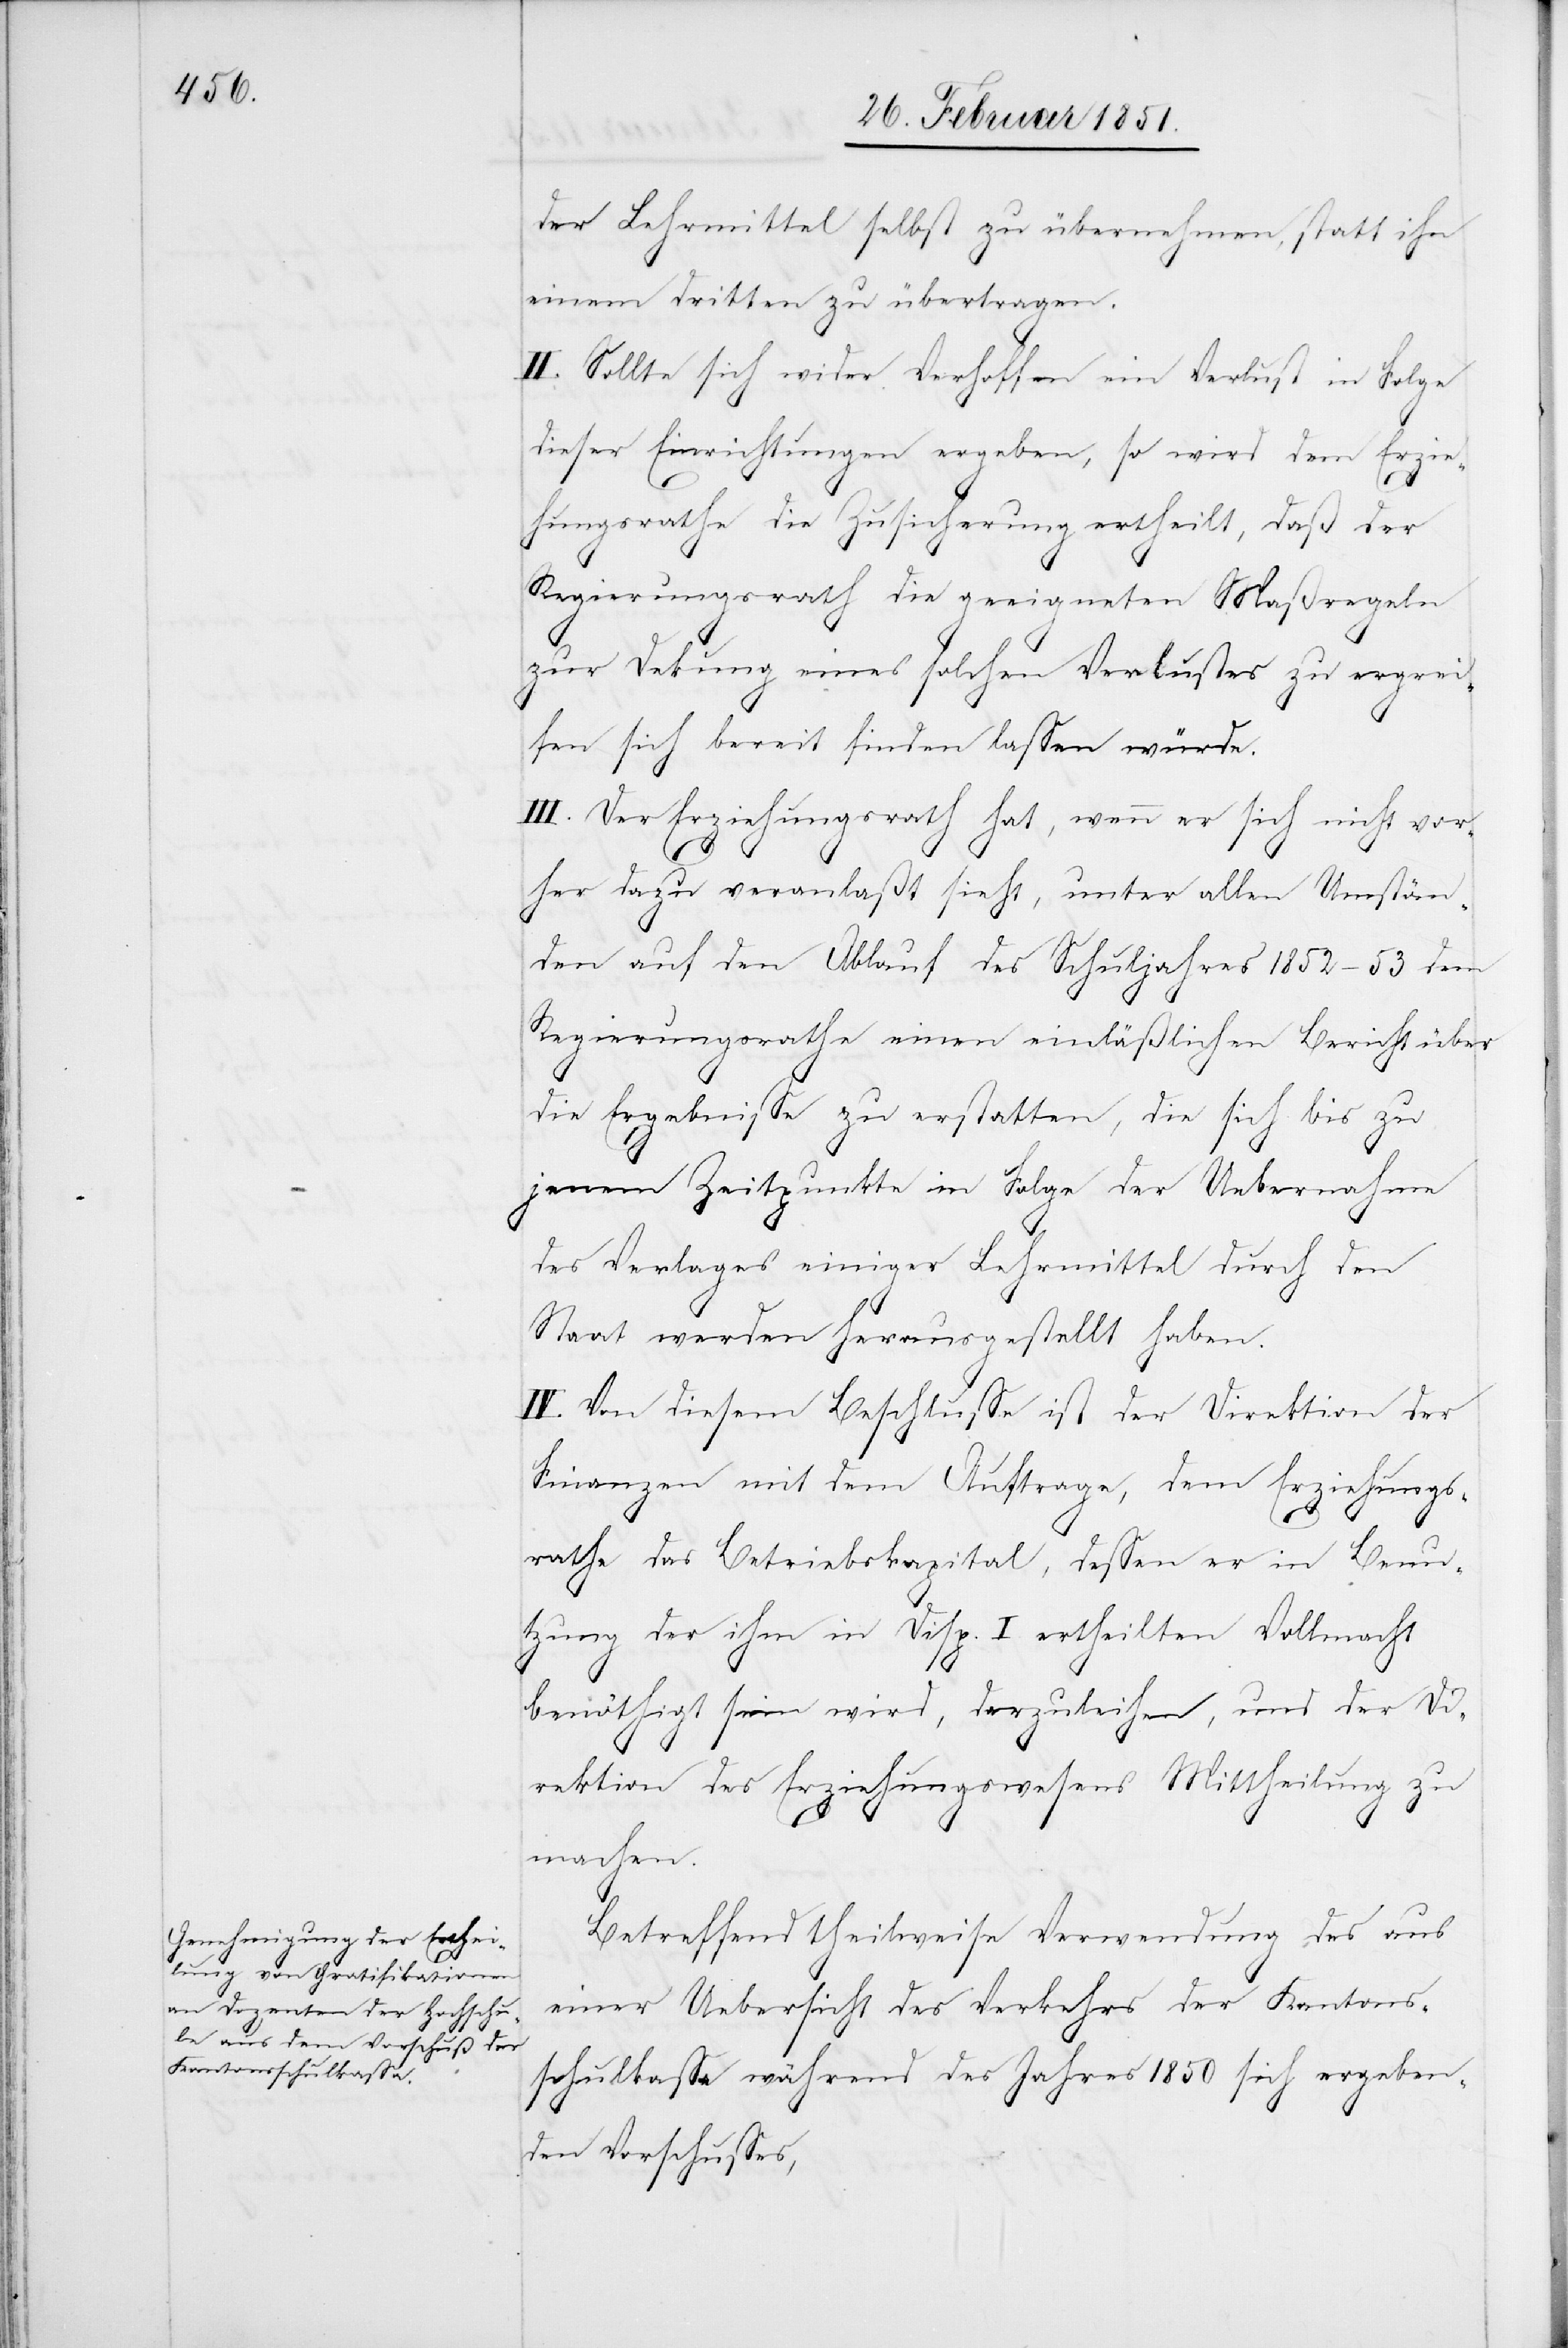
der Lehrmittel selbst zu übernehmen, statt ihn
einem dritten zu übertragen.
II. Sollte sich wider Verhoffen ein Verlust in Folge
dieser Einrichtungen ergeben, so wird dem Erzie¬
hungsrathe die Zusicherung ertheilt, daß der
Regierungsrath die geeigneten Maßregeln
zur Dekung eines solchen Verlustes zu ergrei¬
fen sich bereit finden lassen würde.
III. Der Erziehungsrath hat, wenn er sich nicht vor¬
her dazu veranlaßt sieht, unter allen Umstän¬
den auf den Ablauf des Schuljahres 1852–53 dem
Regierungsrathe einen einläßlichen Bericht über
die Ergebnisse zu erstatten, die sich bis zu
jenem Zeitpunkte in Folge der Uebernahme
des Verlages einiger Lehrmittel durch den
Staat werden herausgestellt haben.
IV. Von diesem Beschlusse ist der Direktion der
Finanzen mit dem Auftrage, dem Erziehungs¬
rathe das Betriebskapital, dessen er in Benu¬
tzung der ihm in Disp. i. ertheilten Vollmacht
benöthigt sein wird, darzuleihen, und der Di¬
rektion des Erziehungswesens Mittheilung zu
machen.
Betreffend theilweise Verwendung des aus
einer Uebersicht des Verkehrs der Kantons¬
schulkassa während des Jahres 1850 sich ergeben¬
den Vorschusses,